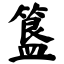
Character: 簋